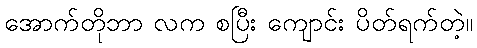
အောက်တိုဘာ လက စပြီး ကျောင်း ပိတ်ရက်တဲ့။